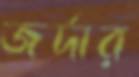
জর্দার